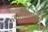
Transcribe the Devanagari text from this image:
स्वीकारापर्यंत